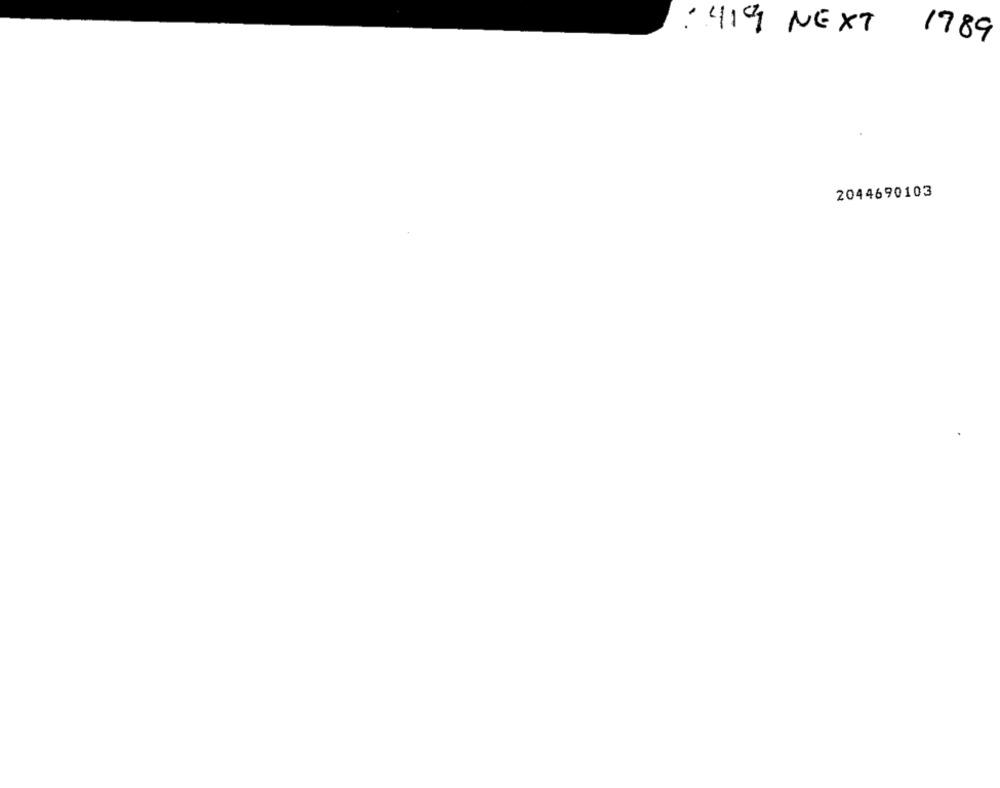
: 419 NEXT
1789
2044690103